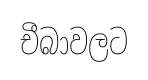
චීබාවලට